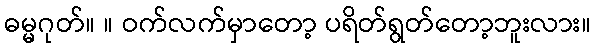
ဓမ္မဂုတ်။ ။ ဝက်လက်မှာတော့ ပရိတ်ရွတ်တော့ဘူးလား။